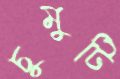
চুমুটি